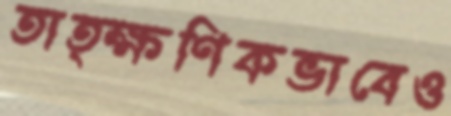
তাত্ক্ষণিকভাবেও